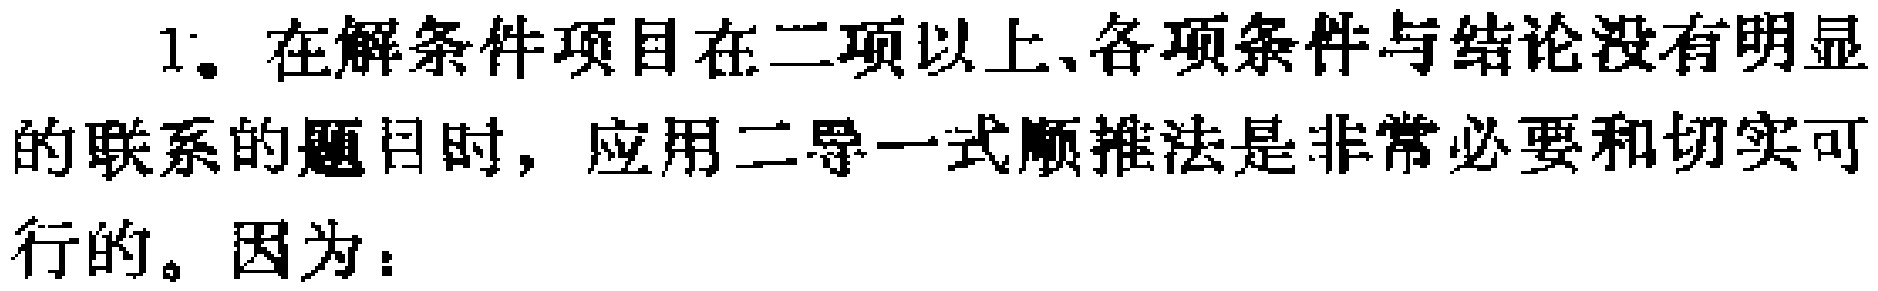
1. 在解条件项目在二项以上、各项条件与结论没有明显的联系的题目时，应用二导一式顺推法是非常必要和切实可行的。因为：